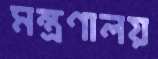
মন্ত্রণালয়